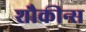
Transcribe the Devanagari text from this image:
शौकीन्स